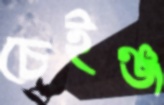
চেইঞ্জ